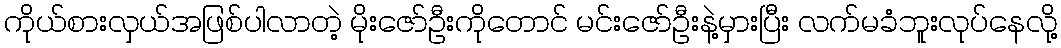
ကိုယ်စားလှယ်အဖြစ်ပါလာတဲ့ မိုးဇော်ဦးကိုတောင် မင်းဇော်ဦးနဲ့မှားပြီး လက်မခံဘူးလုပ်နေလို့